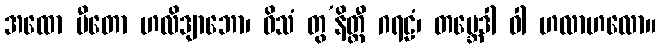
အထော ပီတော ဟလိဒျာဘော၊ ဝိသံ တွ’နိတ္ထီ ဂရဠံ၊ တဗ္ဘေဒါ ဝါ ဟလာဟလော။